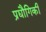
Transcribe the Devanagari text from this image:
प्रद्यौगिकी